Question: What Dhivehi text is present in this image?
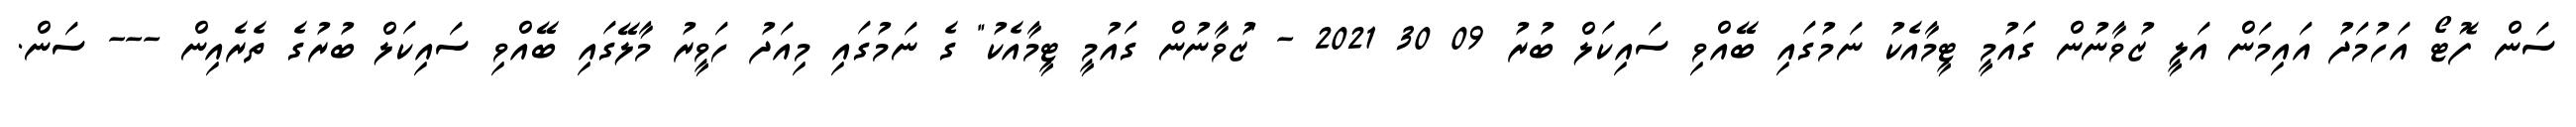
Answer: ސަން ފޮޓޯ އަހުމަދު އައިމަން އަލީ ޒުވާނުން ގައުމީ ޓީމާއެކު ނަމުގައި ބޭއްވި ސައިކަލް ބުރު 09 30 2021 - "ޒުވާނުން ގައުމީ ޓީމާއެކު" ގެ ނަމުގައި މިއަދު ހަވީރު މާލޭގައި ބޭއްވި ސައިކަލް ބުރުގެ ތެރެއިން --- ސަން.